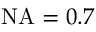
\mathrm { N A } = 0 . 7